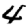
Digit: 4